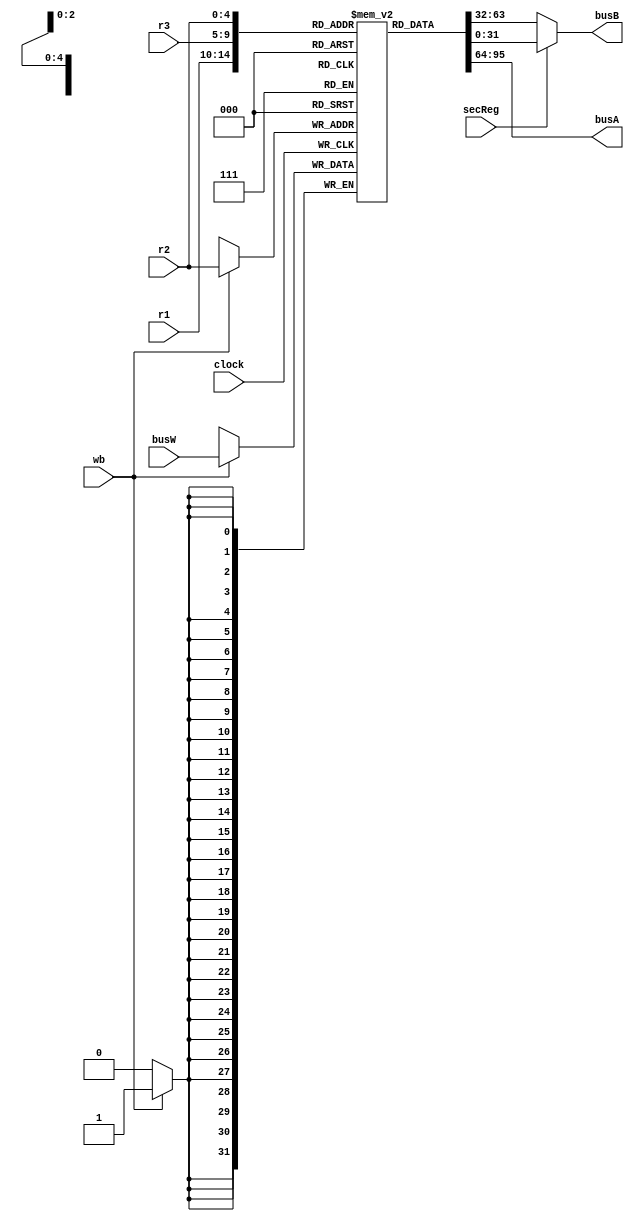
module registerFile (
  input wire [4:0] r1,
  input wire [4:0] r2,
  input wire [4:0] r3,
  input wire secReg,
  input wire wb,
  input wire clock,
  input [31:0] busW,
  output reg [31:0] busA,
  output reg [31:0] busB
);

  reg [31:0] registers [0:31];
  
  always @(posedge clock) begin
    if (wb)
      registers[r2] <= busW;
  end
 
  
  
  always @(*) begin
	 busA <= registers[r1];
    if (secReg == 0)
      busB <= registers[r3];
    else
      busB <= registers[r2];
  end
  
  initial begin
    registers[0]  = 32'h0; registers[1]  = 32'h0; registers[2]  = 32'h0; registers[3]  = 32'h0;
    registers[4]  = 32'h0; registers[5]  = 32'h0; registers[6]  = 32'h0; registers[7]  = 32'h0;
    registers[8]  = 32'h0; registers[9]  = 32'h0; registers[10] = 32'h0; registers[11] = 32'h0;
    registers[12] = 32'h0; registers[13] = 32'h0; registers[14] = 32'h0; registers[15] = 32'h0;
    registers[16] = 32'h0; registers[17] = 32'h0; registers[18] = 32'h0; registers[19] = 32'h0;
    registers[20] = 32'h0; registers[21] = 32'h0; registers[22] = 32'h0; registers[23] = 32'h0;
    registers[24] = 32'h0; registers[25] = 32'h0; registers[26] = 32'h0; registers[27] = 32'h0;
    registers[28] = 32'h0; registers[29] = 32'h0; registers[30] = 32'h0; registers[31] = 32'h0;
  end

endmodule